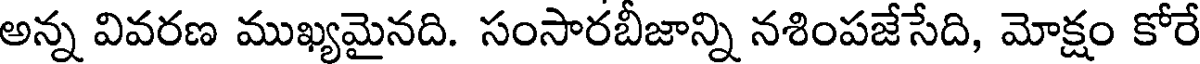
అన్న వివరణ ముఖ్యమైనది. సంసారబీజాన్ని నశింపజేసేది, మోక్షం కోరే